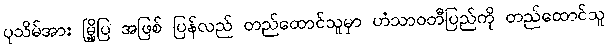
ပုသိမ်အား မြို့ပြ အဖြစ် ပြန်လည် တည်ထောင်သူမှာ ဟံသာဝတီပြည်ကို တည်ထောင်သူ